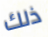
ذلك